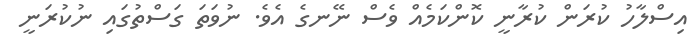
އިސްލާހު ކުރަން ކުރާނީ ކޮންކަމެއް ވެސް ނޭނގެ އެވެ. ނުވަތަ ގަސްތުގައި ނުކުރަނީ